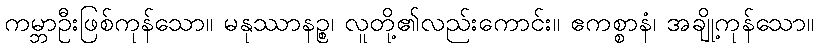
ကမ္ဘာဦးဖြစ်ကုန်သော။ မနုဿာနဉ္စ၊ လူတို့၏လည်းကောင်း။ ဧကစ္စာနံ၊ အချို့ကုန်သော။